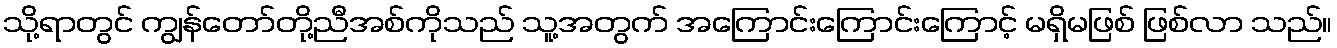
သို့ရာတွင် ကျွန်တော်တို့ညီအစ်ကိုသည် သူ့အတွက် အကြောင်းကြောင်းကြောင့် မရှိမဖြစ် ဖြစ်လာ သည်။